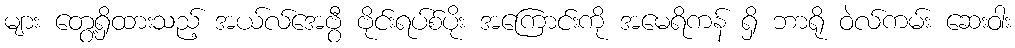
များ တွေ့ရှိထားသည့် အယ်လ်အေဗွီ ဗိုင်းရပ်စ်ပိုး အကြောင်းကို အမေရိကန် ရှိ ဘာရို ဝဲလ်ကမ်း ဆေးဝါး